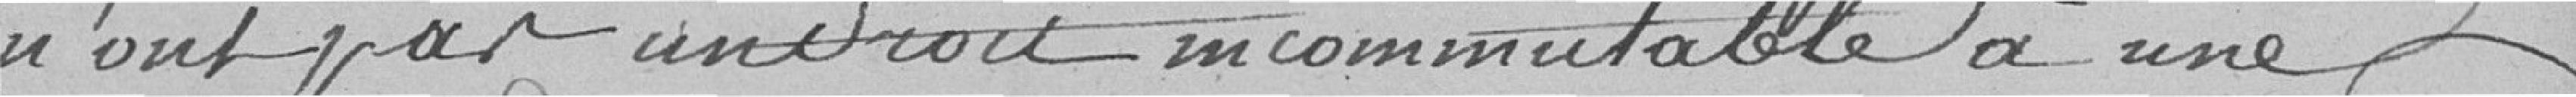
n'ont pas un droit incommutable à une